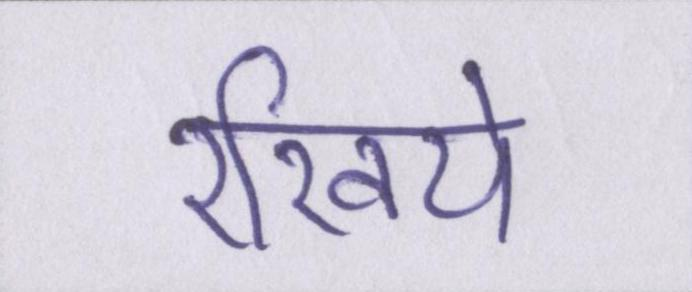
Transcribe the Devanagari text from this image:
रखिये